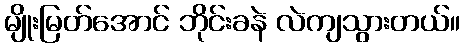
မျိုးမြတ်အောင် ဘိုင်းခနဲ လဲကျသွားတယ်။